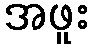
အဖူး